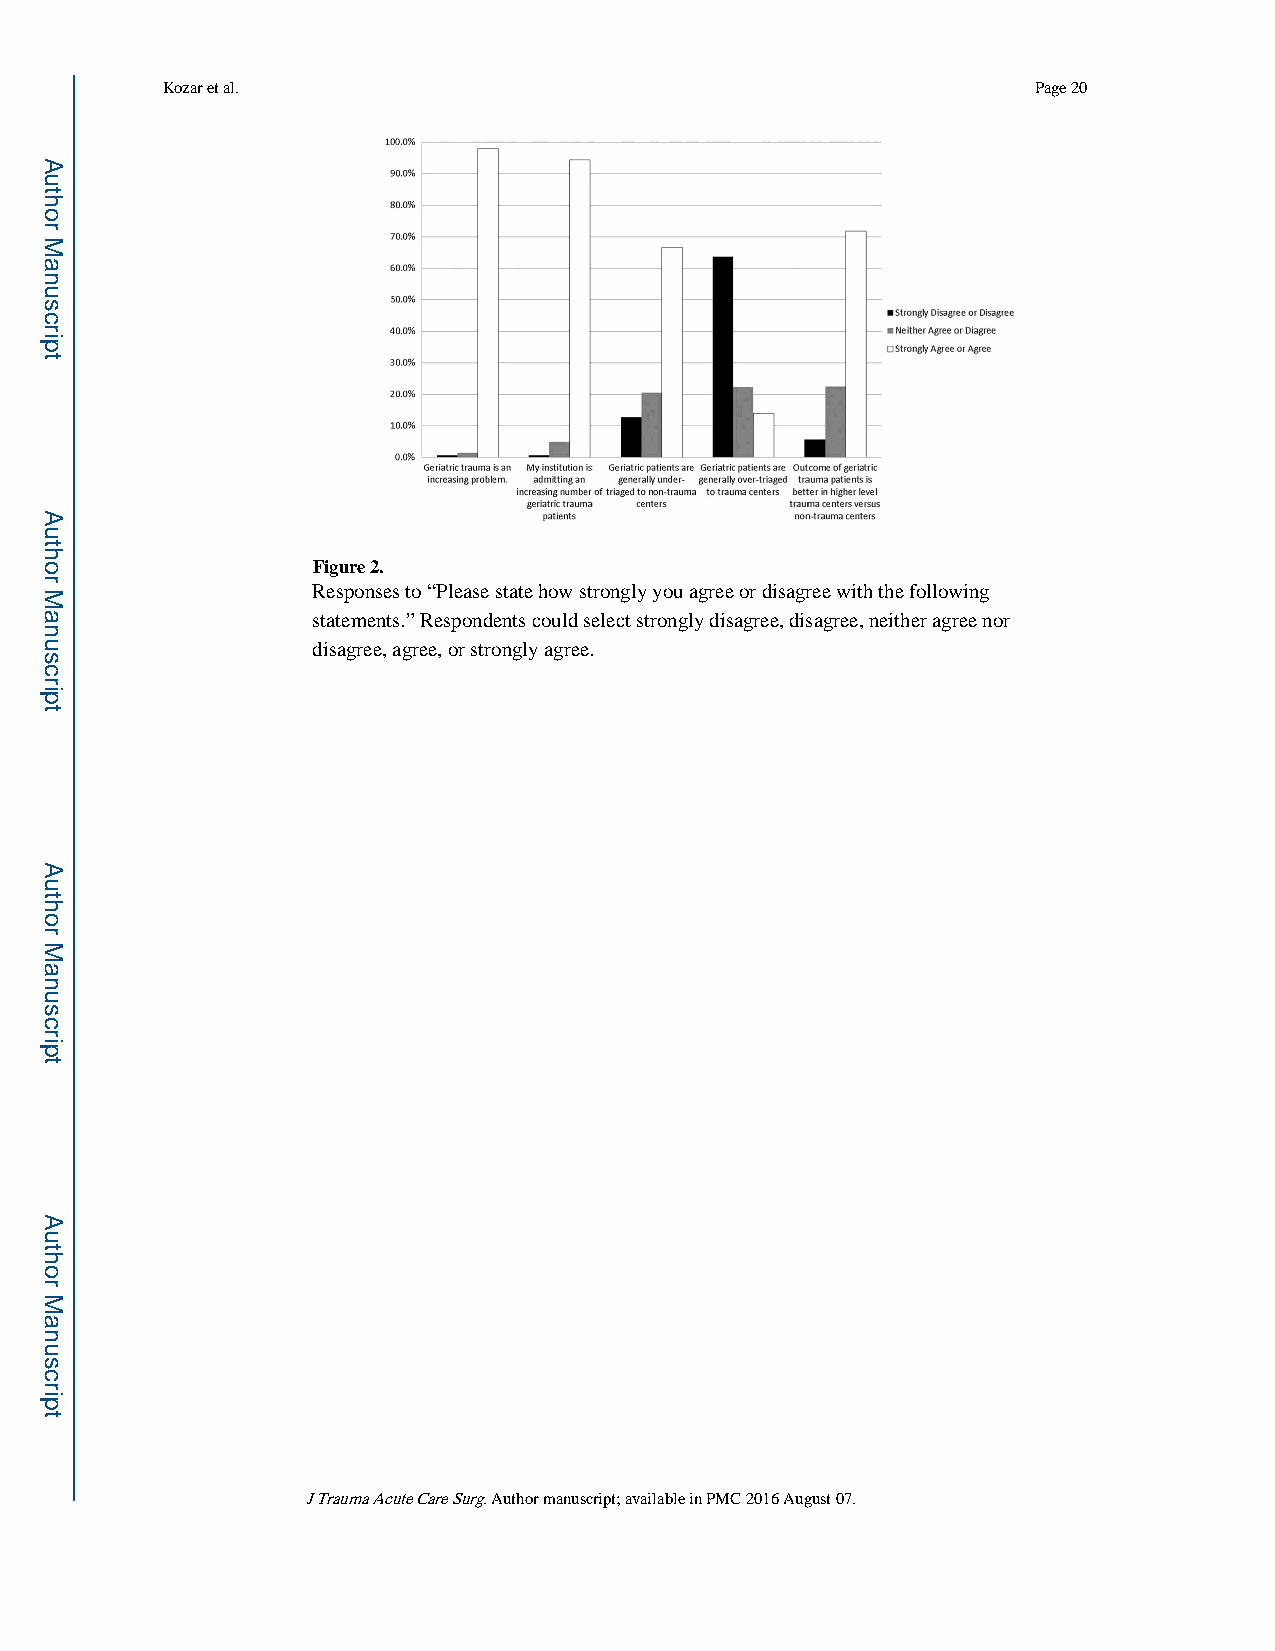
Kozar et al.                                             Page 20
 Figure 2.
 Responses to “Please state how strongly you agree or disagree with the following
 statements.” Respondents could select strongly disagree, disagree, neither agree nor
 disagree, agree, or strongly agree.
 J Trauma Acute Care Surg. Author manuscript; available in PMC 2016 August 07.
 Author
 Manuscript
 Author
 Manuscript
 Author
 Manuscript
 Author
 Manuscript